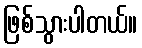
ဖြစ်သွားပါတယ်။